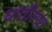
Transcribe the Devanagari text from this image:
घातील्या